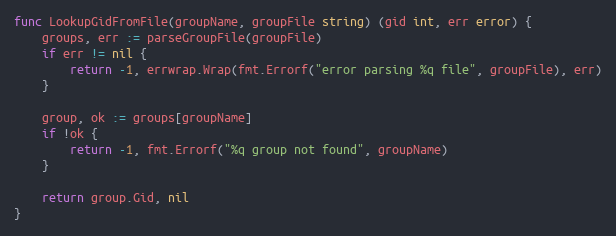
Language: Go
func LookupGidFromFile(groupName, groupFile string) (gid int, err error) {
	groups, err := parseGroupFile(groupFile)
	if err != nil {
		return -1, errwrap.Wrap(fmt.Errorf("error parsing %q file", groupFile), err)
	}

	group, ok := groups[groupName]
	if !ok {
		return -1, fmt.Errorf("%q group not found", groupName)
	}

	return group.Gid, nil
}